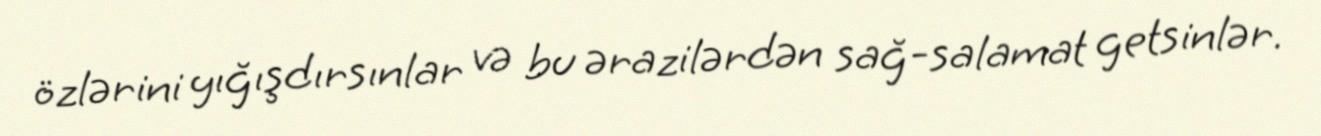
özlərini yığışdırsınlar və bu ərazilərdən sağ-salamat getsinlər.